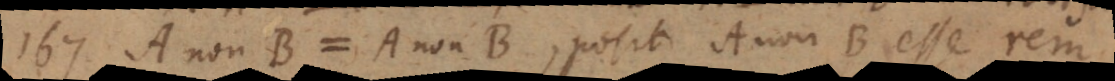
167) A non‐B = A non‐B, posito A non‐B esse rem,